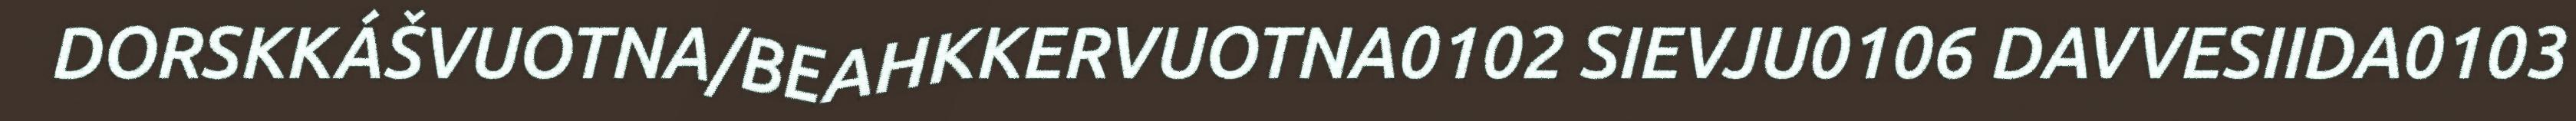
DORSKKÁŠVUOTNA/BEAHKKERVUOTNA0102 SIEVJU0106 DAVVESIIDA0103